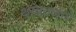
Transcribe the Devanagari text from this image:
थांबवणारे